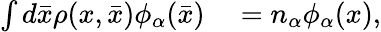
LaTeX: \begin{array}{rl}{\int d\bar{x}\rho(x,\bar{x})\phi_{\alpha}(\bar{x})}&{{}=n_{\alpha}\phi_{\alpha}(x),}\end{array}